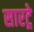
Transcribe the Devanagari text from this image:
सारट्रे